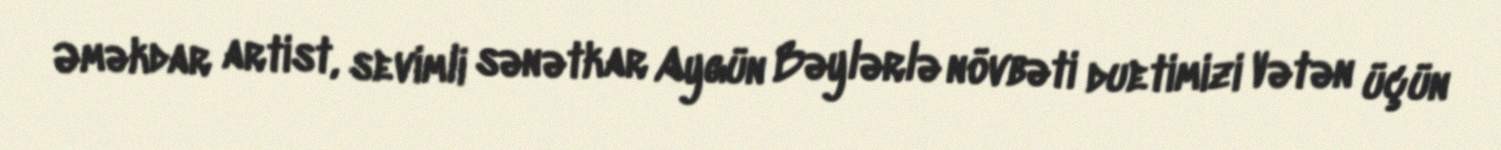
Əməkdar artist, sevimli sənətkar Aygün Bəylərlə növbəti duetimizi Vətən üçün